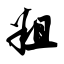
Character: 粗